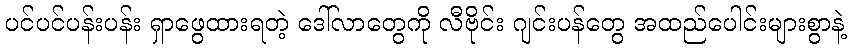
ပင်ပင်ပန်းပန်း ရှာဖွေထားရတဲ့ ဒေါ်လာတွေကို လီဗိုင်း ဂျင်းပန်တွေ အထည်ပေါင်းများစွာနဲ့